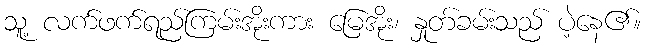
သူ့ လက်ဖက်ရည်ကြမ်းအိုးကား မြေအိုး၊ နှုတ်ခမ်းသည် ပဲ့နေ၏။